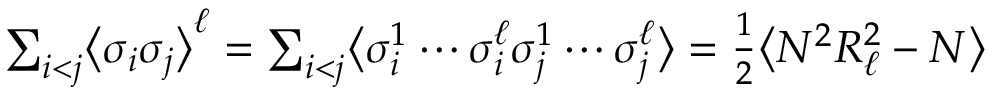
\begin{array} { r } { \sum _ { i < j } \bigl \langle \sigma _ { i } \sigma _ { j } \bigr \rangle ^ { \ell } = \sum _ { i < j } \bigl \langle \sigma _ { i } ^ { 1 } \cdots \sigma _ { i } ^ { \ell } \sigma _ { j } ^ { 1 } \cdots \sigma _ { j } ^ { \ell } \bigr \rangle = \frac { 1 } { 2 } \bigl \langle N ^ { 2 } R _ { \ell } ^ { 2 } - N \bigr \rangle } \end{array}